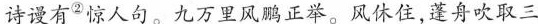
诗谩有^{②}惊人句。九万里风鹏正举。风休住，蓬舟吹取三